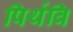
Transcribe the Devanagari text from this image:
पिर्थवि